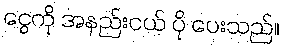
ငွေကို အနည်းငယ် ပို ပေးသည်။